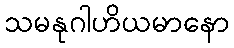
သမနုဂါဟိယမာနော